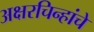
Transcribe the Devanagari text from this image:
अक्षरचिन्हांचे